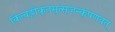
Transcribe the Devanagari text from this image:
किंत्वङ्गीकृतमुत्सृजन्कृपणवत्